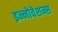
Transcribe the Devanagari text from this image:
इन्नोवेशन्स